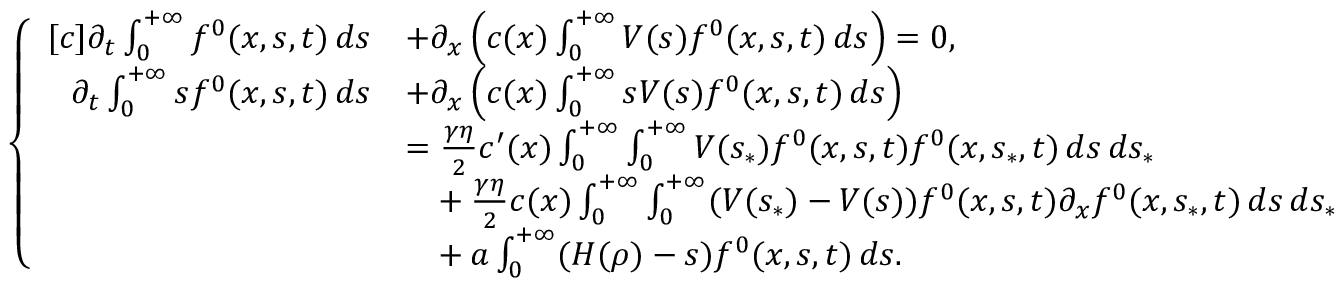
\begin{array} { r } { \left\{ \begin{array} { r l } { [ c ] \partial _ { t } \int _ { 0 } ^ { + \infty } f ^ { 0 } ( x , s , t ) \, d s } & { + \partial _ { x } \left( c ( x ) \int _ { 0 } ^ { + \infty } V ( s ) f ^ { 0 } ( x , s , t ) \, d s \right) = 0 , } \\ { \partial _ { t } \int _ { 0 } ^ { + \infty } s f ^ { 0 } ( x , s , t ) \, d s } & { + \partial _ { x } \left( c ( x ) \int _ { 0 } ^ { + \infty } s V ( s ) f ^ { 0 } ( x , s , t ) \, d s \right) } \\ & { = \frac { \gamma \eta } { 2 } c ^ { \prime } ( x ) \int _ { 0 } ^ { + \infty } \int _ { 0 } ^ { + \infty } V ( s _ { \ast } ) f ^ { 0 } ( x , s , t ) f ^ { 0 } ( x , s _ { \ast } , t ) \, d s \, d s _ { \ast } } \\ & { \phantom { = } + \frac { \gamma \eta } { 2 } c ( x ) \int _ { 0 } ^ { + \infty } \int _ { 0 } ^ { + \infty } ( V ( s _ { \ast } ) - V ( s ) ) f ^ { 0 } ( x , s , t ) \partial _ { x } f ^ { 0 } ( x , s _ { \ast } , t ) \, d s \, d s _ { \ast } } \\ & { \phantom { = } + a \int _ { 0 } ^ { + \infty } ( H ( \rho ) - s ) f ^ { 0 } ( x , s , t ) \, d s . } \end{array} \right. } \end{array}